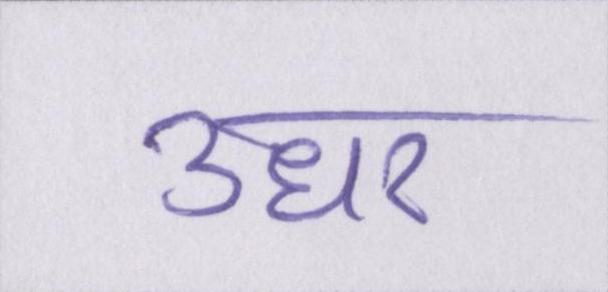
उधर